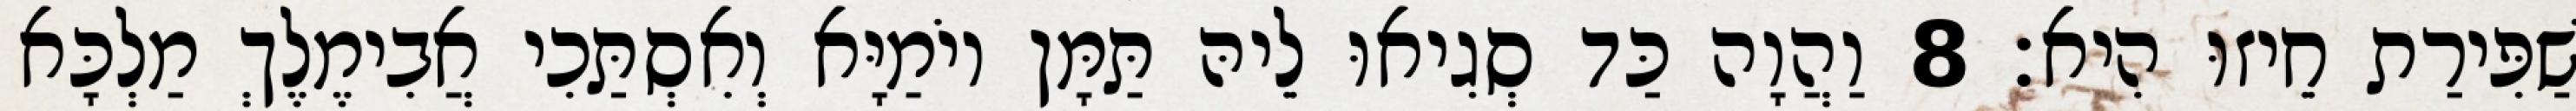
שַׁפִּירַת חֵיזוּ הִיא׃ 8 וַהֲוָה כַּד סְגִיאוּ לֵיהּ תַּמָּן יוֹמַיָּא וְאִסְתַּכִי אֲבִימֶלֶךְ מַלְכָּא